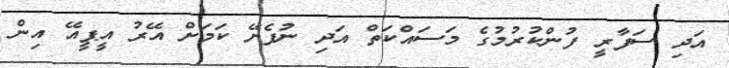
އަދި ސަފާރީ ފުންކުރުމުގެ މަސައްކަތް އަދި ނުފެށޭ ކަމަށް އޭރު އީޕީއޭ އިން